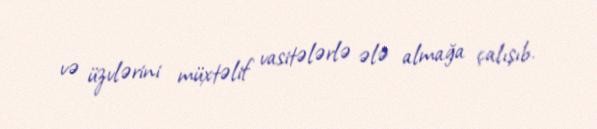
və üzvlərini müxtəlif vasitələrlə ələ almağa çalışıb.